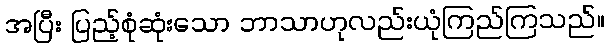
အပြီး ပြည့်စုံဆုံးသော ဘာသာဟုလည်းယုံကြည်ကြသည်။